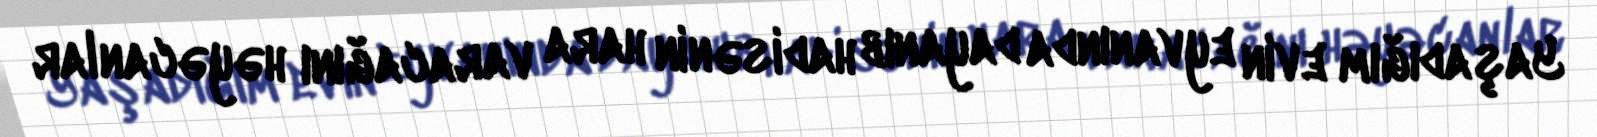
Yaşadığım evin eyvanında dayanıb hadisənin hara varacağını həyəcanlar